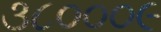
૩૮૦૦૦૯